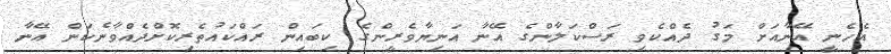
އެހެނީ އޭނާއަށް މަގު ދެއްކެވި ރަސްކަލާންގެ އޭނާ އަނިޔާވެރީންގެ ކިބައިން ރައްކައުތެރިކޮށްދެއްވާނެކަން އޭނާ